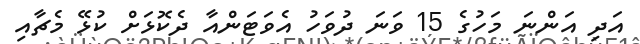
އަދި އަންނަ މަހުގެ 15 ވަނަ ދުވަހު އެވަޓަންއާ ދެކޮޅަށް ކުޅޭ މެޗާއި